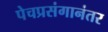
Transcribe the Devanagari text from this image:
पेचप्रसंगानंतर